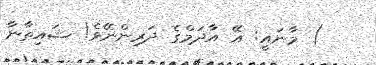
) މާނައީ: އޭ އާދަމްގެ ދަރިންނޭވެ! ޝައިޠާނާ